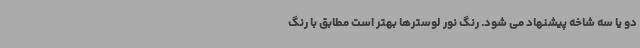
دو یا سه شاخه پیشنهاد می شود. رنگ نور لوسترها بهتر است مطابق با رنگ